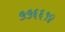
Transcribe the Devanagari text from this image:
५५६६१४